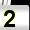
Digit: 2